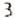
3